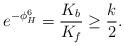
LaTeX: \begin{align*}e^{-\phi^6_H}={K_b\over K_f}\geq {k\over 2}.\end{align*}